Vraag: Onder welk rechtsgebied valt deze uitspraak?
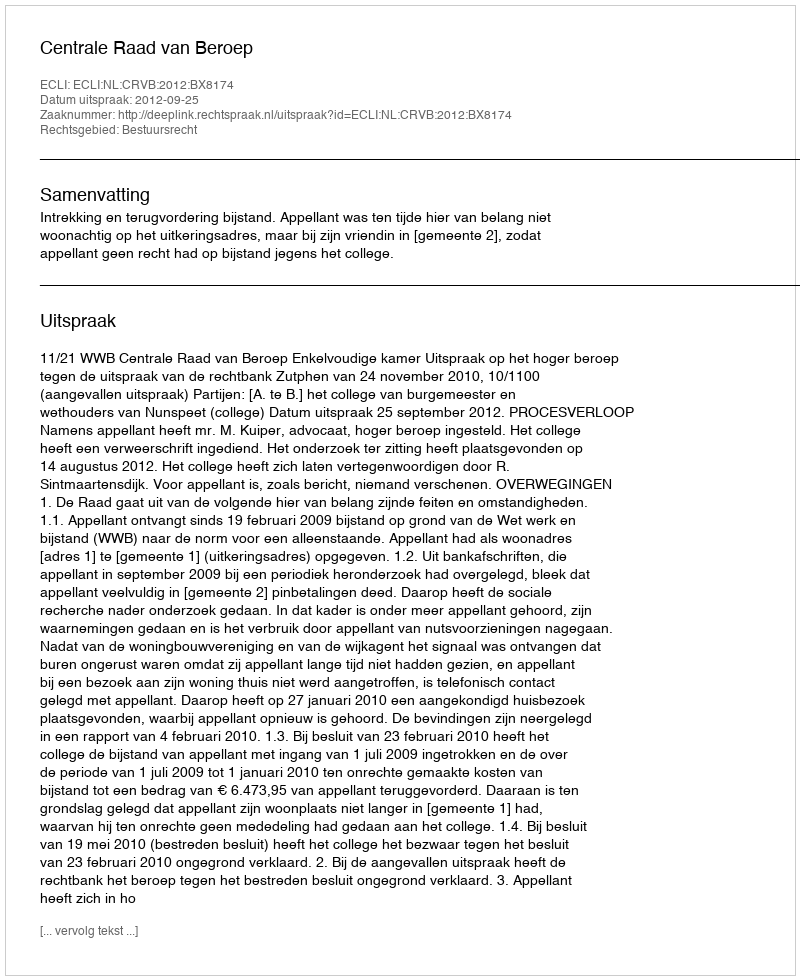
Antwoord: Bestuursrecht